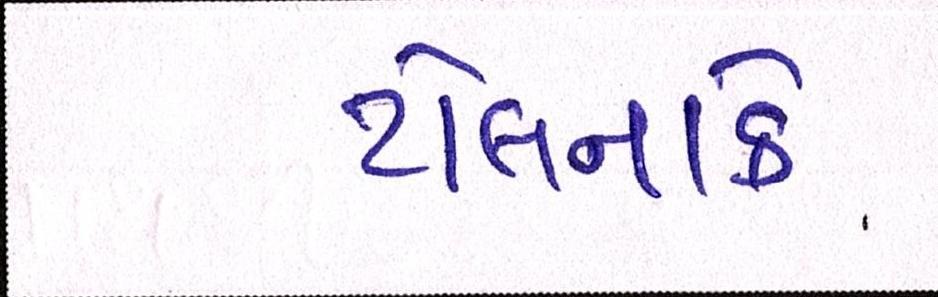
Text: ટોલનાકે